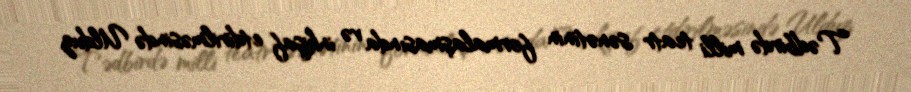
Tədbirdə milli teatr sənətinin formalaşmasında və inkişaf etdirilməsində Ulduz